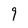
Character: 9